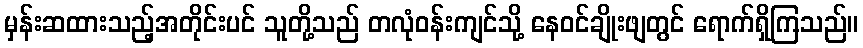
မှန်းဆထားသည့်အတိုင်းပင် သူတို့သည် တလုံဝန်းကျင်သို့ နေဝင်ချိုးဖျတွင် ရောက်ရှိကြသည်။